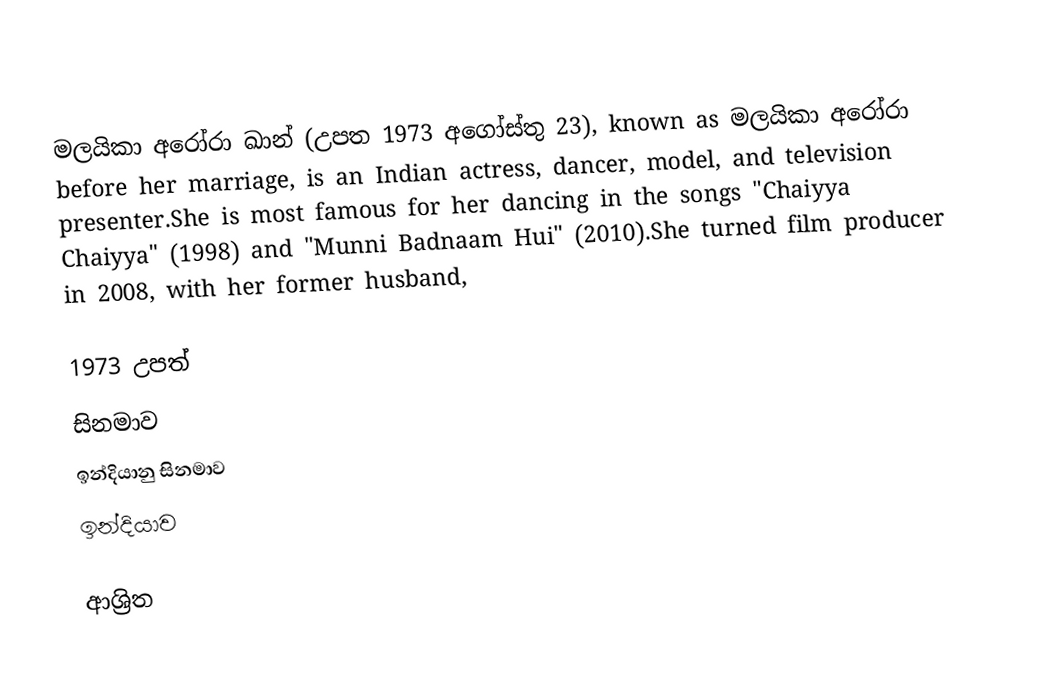
මලයිකා අරෝරා ඛාන් (උපත 1973 අගෝස්තු 23), known as මලයිකා අරෝරා before her marriage, is an Indian actress, dancer, model, and television presenter.She is most famous for her dancing in the songs "Chaiyya Chaiyya" (1998) and "Munni Badnaam Hui" (2010).She turned film producer in 2008, with her former husband,

1973 උපත්
සිනමාව
ඉන්දියානු සිනමාව
ඉන්දියාව

ආශ්‍රිත